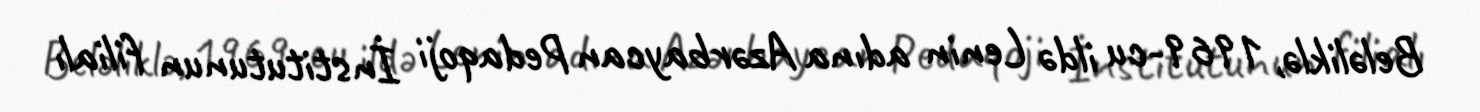
Beləliklə, 1969-cu ildə Lenin adına Azərbaycan Pedaqoji İnstitutunun filialı